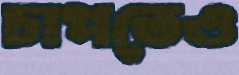
চাপতেও